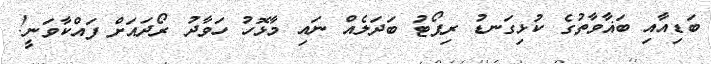
ބަޑިއާއި ބަޣާވާތުގެ ކުޅިގަނޑު ރިޕޯޓު ބަދަލެއް ނައި މާޅޮހު ހަވާދު ރޯދައަށް ފައްކާވަނީ!